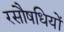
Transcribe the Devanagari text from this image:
रसौषधियों